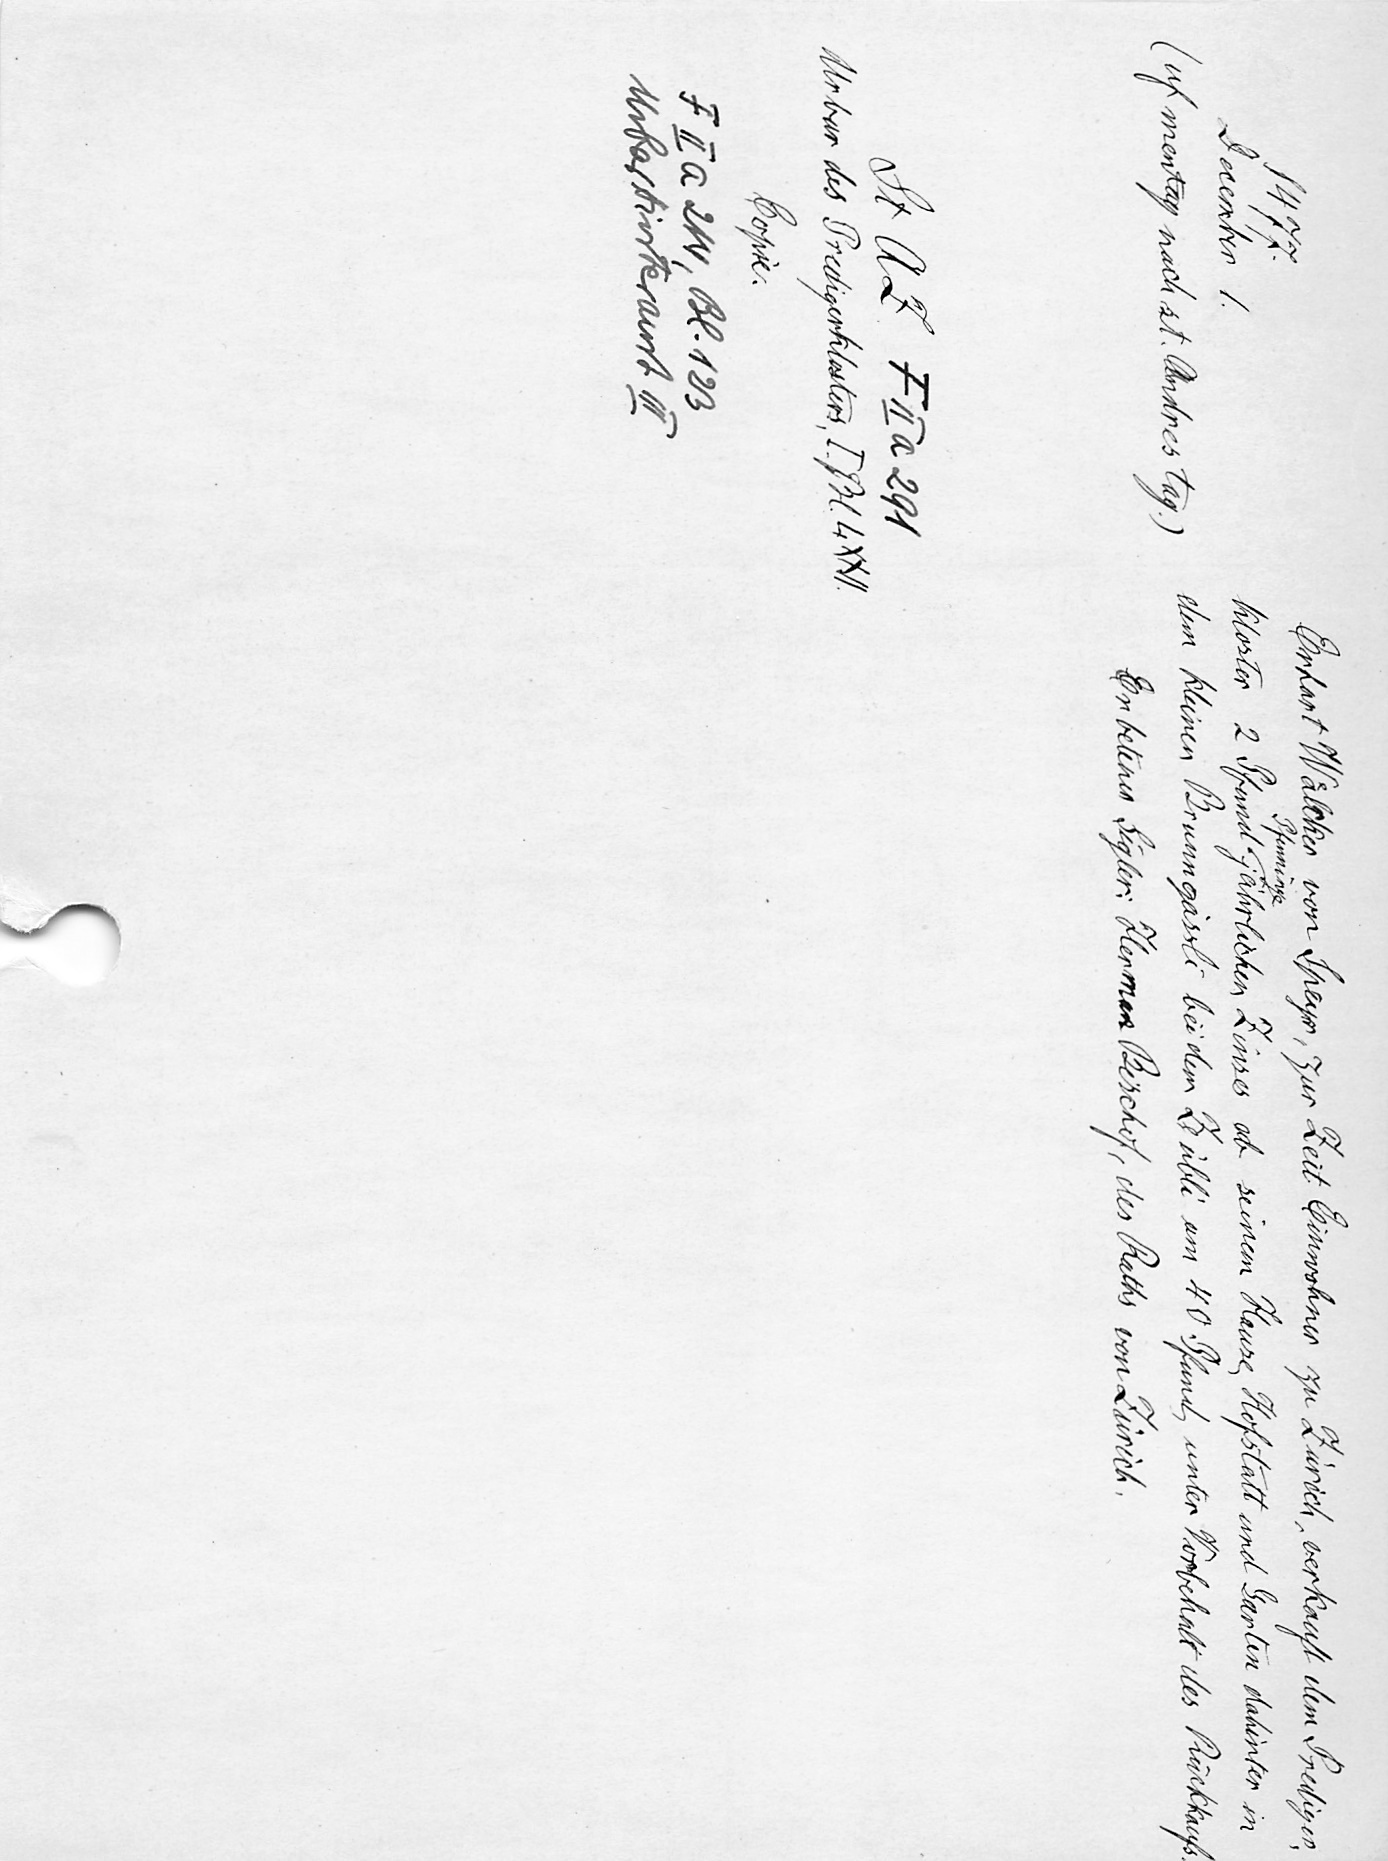
Erhart Waͤlcker Walter von Speyer, zur Zeit Einwohner zu Zürich, verkauft dem Prediger¬
Pfenninge
kloster 2 Pfund jährlichen Zinses ab seinem Hause Hofstatt und Garten dahinter in
dem kleinen Brunngässli bei dem Zübli um 40 Pfund, unter Vorbehalt des Rückkaufs.
Erbetener Sigler: Herman Bischof, des Raths von Zürich.

1477.
December 1.
(uf mentag nach st. Andres tag.)
St. A. Z. F II a 291
Urbar des Predigerklosters, I. Bl. 4 XXII.
Copie.
F II a 214, Bl. 123
Urbar Hinteramt III